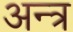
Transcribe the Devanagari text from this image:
अन्त्र